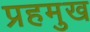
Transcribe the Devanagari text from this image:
प्रहमुख